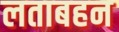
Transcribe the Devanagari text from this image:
लताबहन